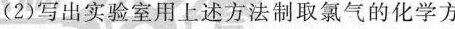
(2)写出实验室用上述方法制取氯气的化学方